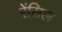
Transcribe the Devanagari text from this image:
रेंसिल